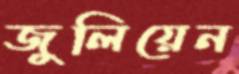
জুলিয়েন